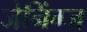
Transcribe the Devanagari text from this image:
जेनिंग्ज